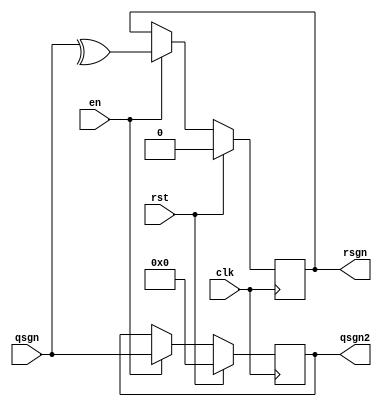
(* bram_map="yes" *)

module sgn_ram(en, clk, rst, qsgn, rsgn, qsgn2);
parameter D=8;
input clk, rst, en;
input [D-1:0] qsgn;
output reg rsgn;
output reg [D-1:0] qsgn2;

always @(posedge clk) begin
	if(rst) begin
		rsgn <= 0;
		qsgn2 <= 0;
	end else if(en) begin
		rsgn <= ^qsgn;
		qsgn2 <= qsgn;
	end
end

endmodule